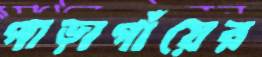
পাড়াগাঁয়ের